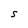
Character: S